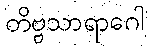
တိဗ္ဗသာရာဂေါ